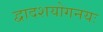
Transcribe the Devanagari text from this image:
द्वादशयोगनयः